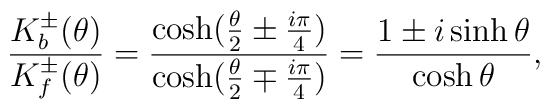
\frac{K_b^{\pm}(\theta)}{K_f^{\pm}(\theta)} =\frac{\cosh(\frac{\theta}{2} \pm \frac{i\pi}{4})}{\cosh(\frac{\theta}{2}\mp \frac{i\pi}{4})}=\frac{1 \pm i\sinh \theta}            {\cosh\theta},